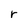
Character: r